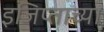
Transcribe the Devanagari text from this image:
इजिप्ताच्या